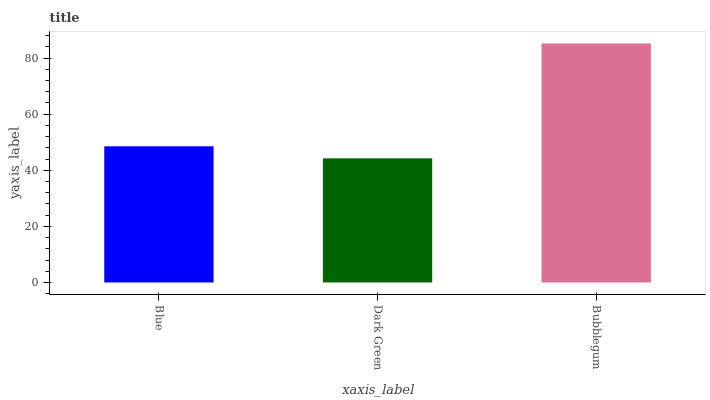
| xaxis_label | bars |
 | --- | --- |
 | Blue | 48.5 |
 | Dark Green | 44.2 |
 | Bubblegum | 85.2 |